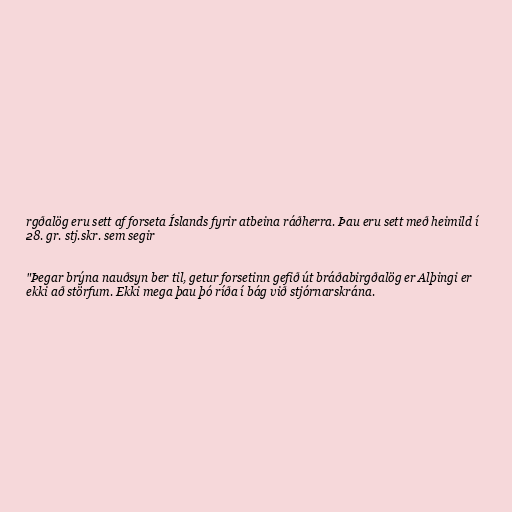
rgðalög eru sett af forseta Íslands fyrir atbeina ráðherra. Þau eru sett með heimild í
28. gr. stj.skr. sem segir

"Þegar brýna nauðsyn ber til, getur forsetinn gefið út bráðabirgðalög er Alþingi er
ekki að störfum. Ekki mega þau þó ríða í bág við stjórnarskrána.